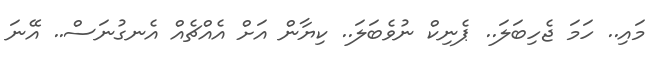
މައި.. ހަމަ ޖެހިބަލަ.. ޕެނިކް ނުވެބަލަ.. ކިޔާން އަށް އެއްޗެއް އެނގުނަސް.. އޭނަ